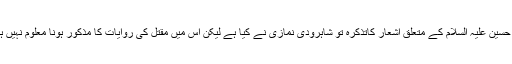
امام حسین علیہ السلام کے متعلق اشعار کاتذکرہ تو شاہرودی نمازی نے کیا ہے لیکن اس میں مقتل کی روایات کا مذکور ہونا معلوم نہیں ہے ۔